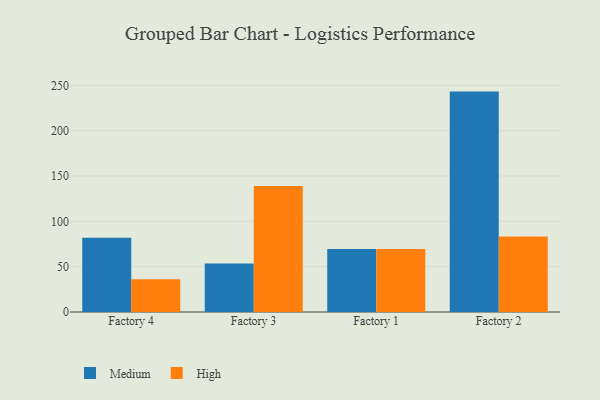
{"axis": {"x": "Factory", "y": "Waste Production (Tons)"}, "legend": ["High", "Medium"], "data": [{"x": "Factory 4", "y": 81.8, "type": "Medium"}, {"x": "Factory 4", "y": 36.0, "type": "High"}, {"x": "Factory 3", "y": 53.6, "type": "Medium"}, {"x": "Factory 3", "y": 138.9, "type": "High"}, {"x": "Factory 1", "y": 69.4, "type": "Medium"}, {"x": "Factory 1", "y": 69.4, "type": "High"}, {"x": "Factory 2", "y": 243.1, "type": "Medium"}, {"x": "Factory 2", "y": 83.3, "type": "High"}]}